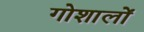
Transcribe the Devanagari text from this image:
गोशालों